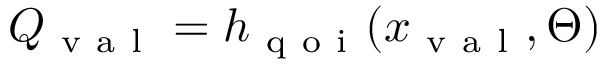
Q _ { \mathrm { ~ v ~ a ~ l ~ } } = h _ { \mathrm { ~ q ~ o ~ i ~ } } ( x _ { \mathrm { ~ v ~ a ~ l ~ } } , \Theta )